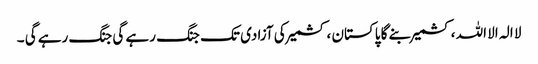
لا الہ الا اللہ ،کشمیر بنے گا پاکستان ، کشمیر کی آزادی تک جنگ رہے گی جنگ رہے گی ۔